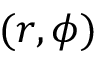
( r , \phi )